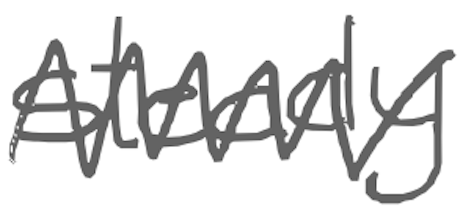
Text: steady
Cross-out: zig-zag
Writing tool: digital_gray